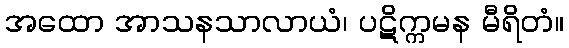
အထော အာသနသာလာယံ၊ ပဋိက္ကမန မီရိတံ။